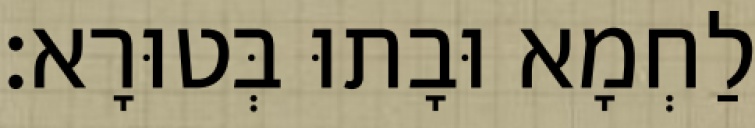
לַחְמָא וּבָתוּ בְּטוּרָא׃